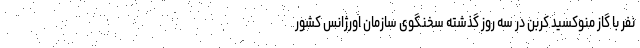
نفر با گاز منوکسید کربن در سه روز گذشته سخنگوی سازمان اورژانس کشور